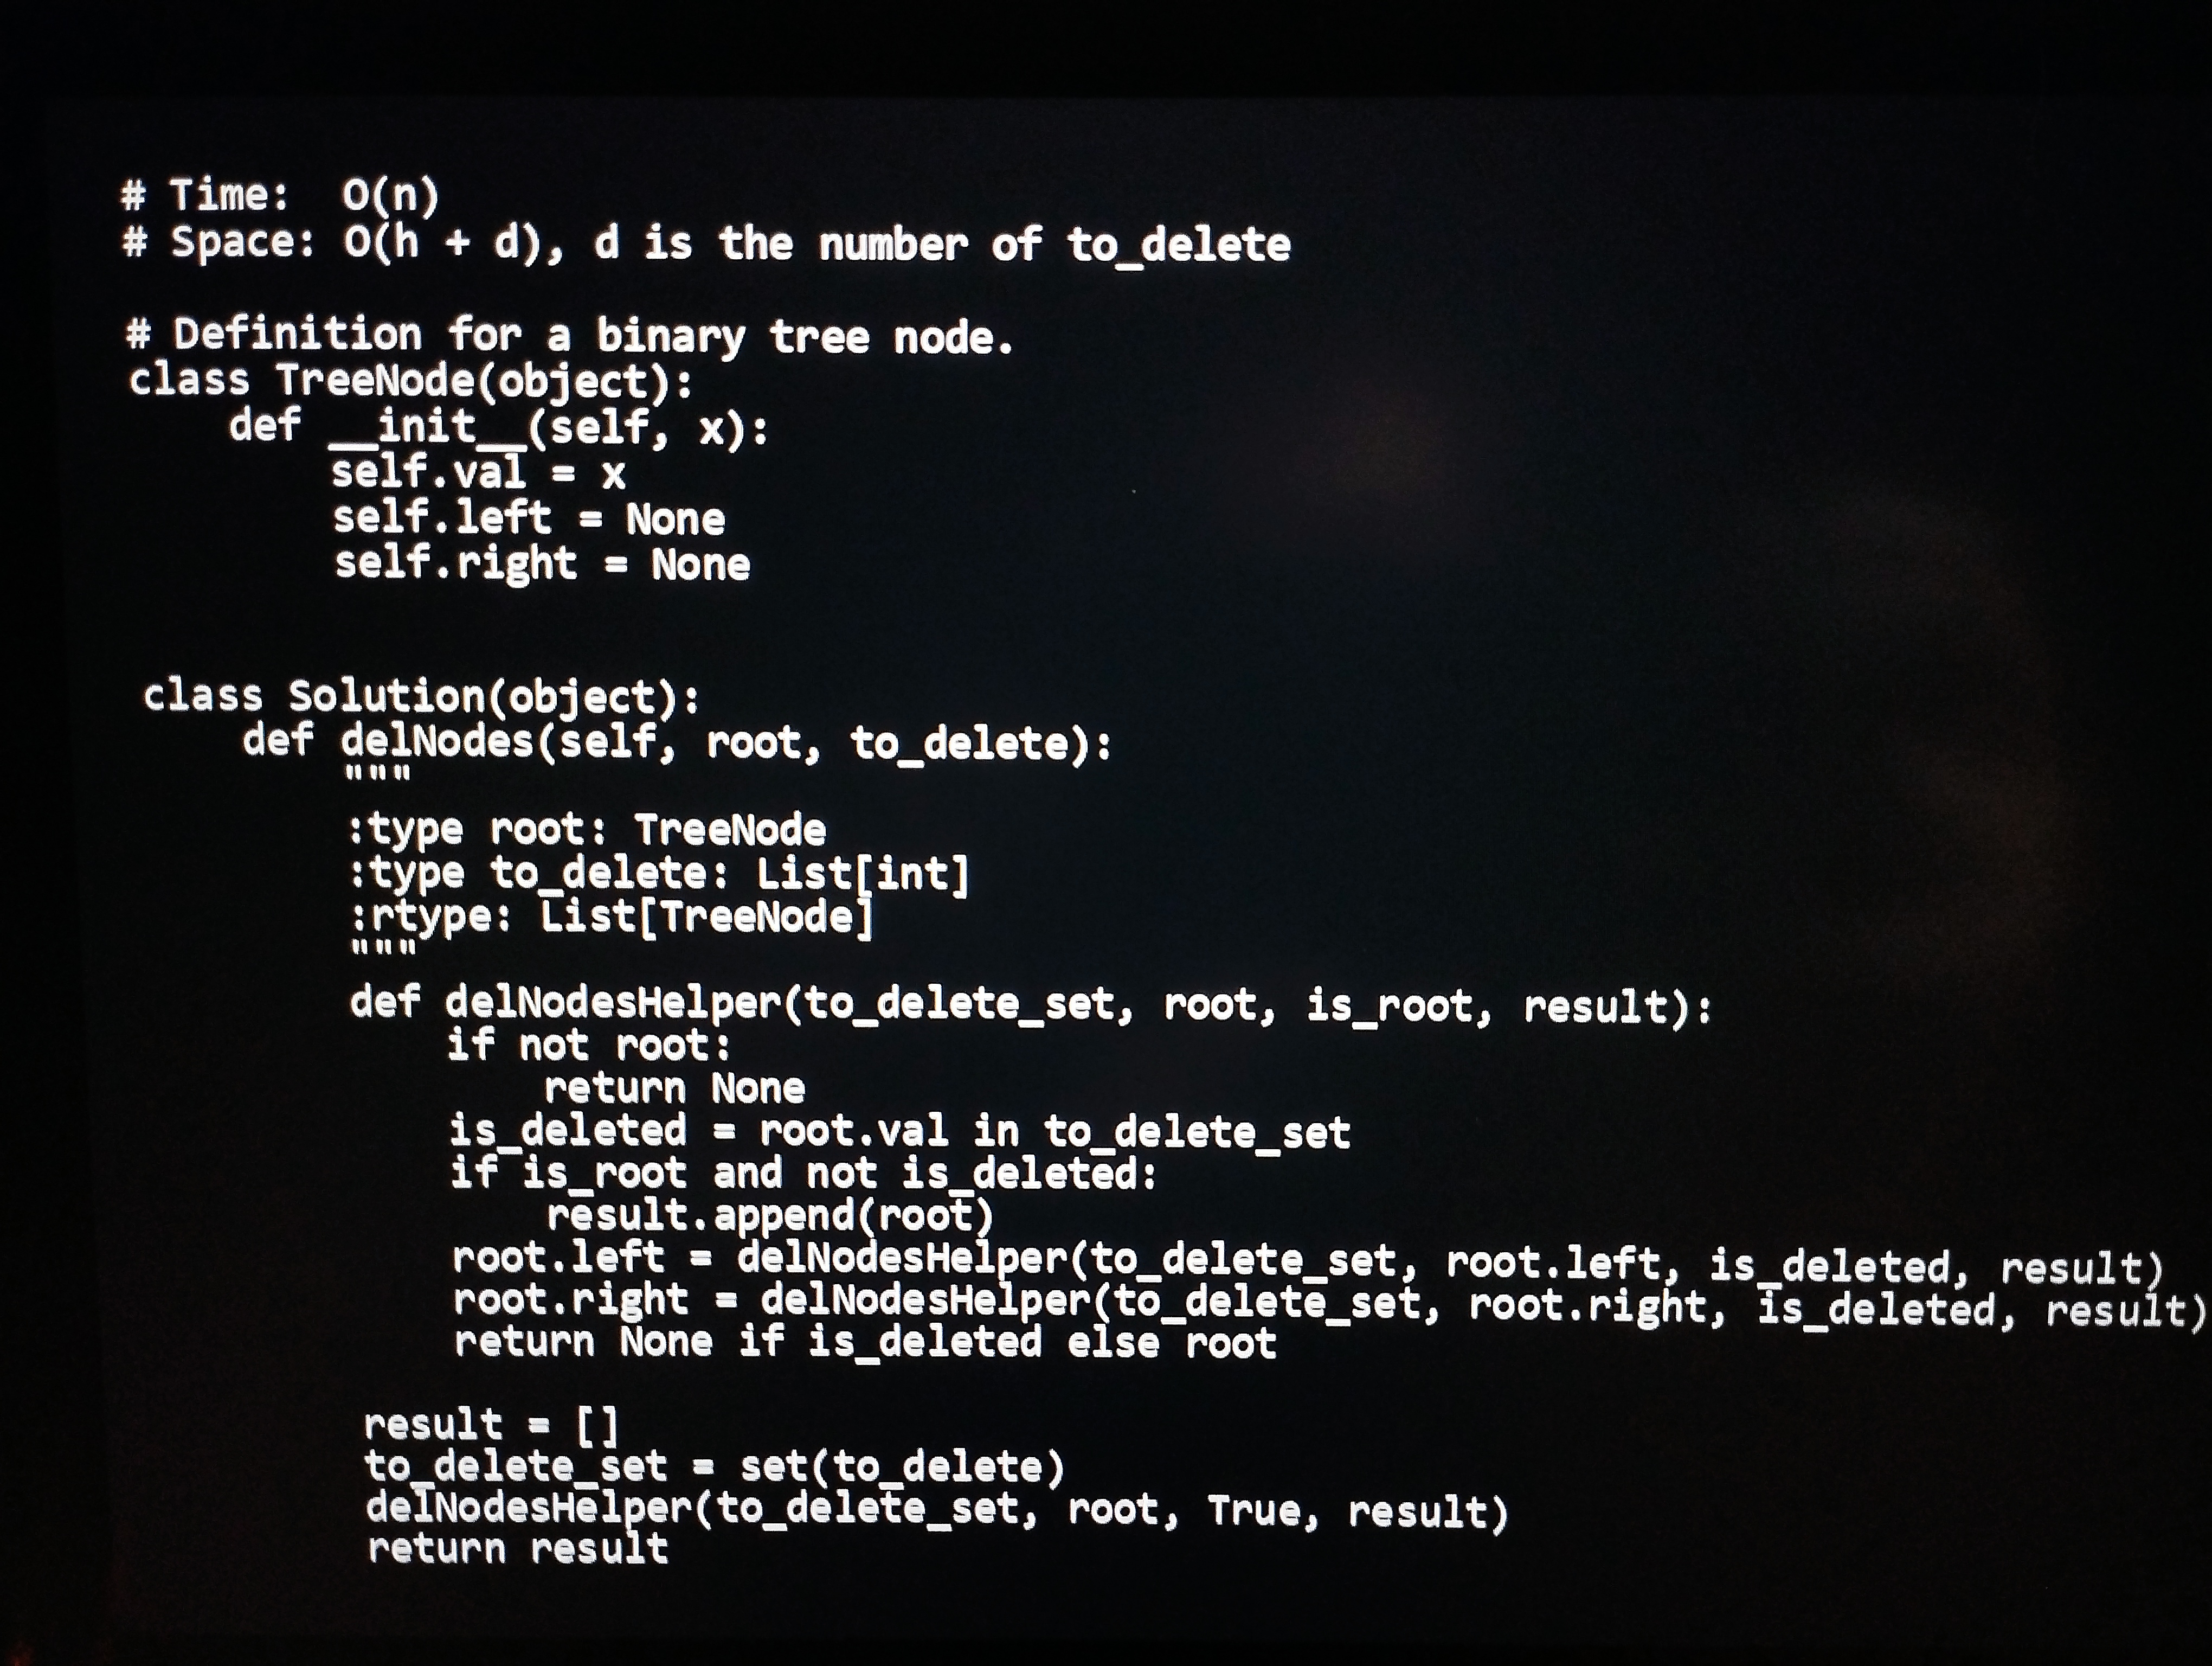
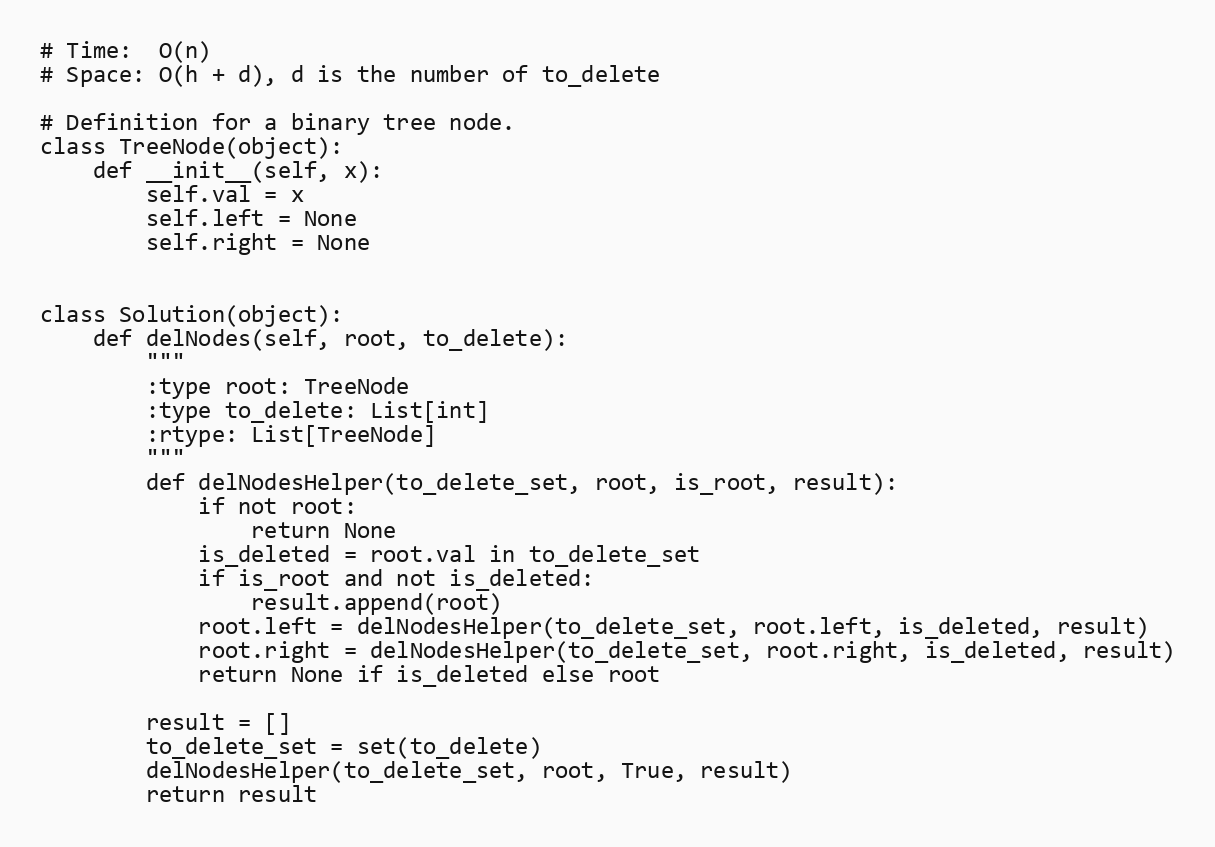
# Time:  O(n)
# Space: O(h + d), d is the number of to_delete

# Definition for a binary tree node.
class TreeNode(object):
    def __init__(self, x):
        self.val = x
        self.left = None
        self.right = None

class Solution(object):
    def delNodes(self, root, to_delete):
        """
        :type root: TreeNode
        :type to_delete: List[int]
        :rtype: List[TreeNode]
        """
        def delNodesHelper(to_delete_set, root, is_root, result):
            if not root:
                return None
            is_deleted = root.val in to_delete_set
            if is_root and not is_deleted:
                result.append(root)
            root.left = delNodesHelper(to_delete_set, root.left, is_deleted, result)
            root.right = delNodesHelper(to_delete_set, root.right, is_deleted, result)
            return None if is_deleted else root

        result = []
        to_delete_set = set(to_delete)
        delNodesHelper(to_delete_set, root, True, result)
        return result